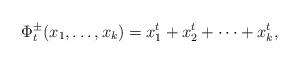
LaTeX: \begin{align*}\Phi_t^{\pm} (x_1, \dots, x_k) = x_1^t + x_2^t + \dots + x_k^t, \end{align*}